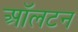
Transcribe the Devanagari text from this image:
ऑलटन